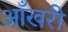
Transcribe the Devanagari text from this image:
आँखरी